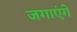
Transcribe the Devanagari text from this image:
जगाएंगे